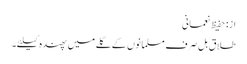
از: حفیظ نعمانی
طلاق بل صرف مسلمانوں کے گلے میں پھندہ کیلئے۔